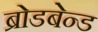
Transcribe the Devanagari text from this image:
ब्रोडबेन्ड